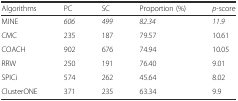
<table><thead><tr><td><b>Algorithms</b></td><td><b>PC</b></td><td><b>SC</b></td><td><b>Proportion (%)</b></td><td><b><i>p</i>-score</b></td></tr></thead><tbody><tr><td>MINE</td><td><i>606</i></td><td><i>499</i></td><td><i>82.34</i></td><td><i>11.9</i></td></tr><tr><td>CMC</td><td>235</td><td>187</td><td>79.57</td><td>10.61</td></tr><tr><td>COACH</td><td>902</td><td>676</td><td>74.94</td><td>10.05</td></tr><tr><td>RRW</td><td>250</td><td>191</td><td>76.40</td><td>9.01</td></tr><tr><td>SPICi</td><td>574</td><td>262</td><td>45.64</td><td>8.02</td></tr><tr><td>ClusterONE</td><td>371</td><td>235</td><td>63.34</td><td>9.9</td></tr></tbody></table>